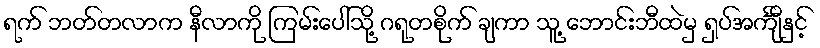
ရက် ဘတ်တလာက နီလာကို ကြမ်းပေါ်သို့ ဂရုတစိုက် ချကာ သူ့ ဘောင်းဘီထဲမှ ရှပ်အင်္ကျီနှင့်